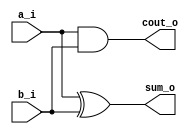
module HalfAdder(
    input a_i, 
    input b_i, 
    output sum_o, 
    output cout_o
    );
    
    xor(sum_o, a_i, b_i);
    and(cout_o, a_i, b_i);

endmodule